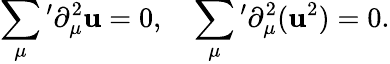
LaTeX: \sum_{\mu}{}^{\prime}\partial_{\mu}^{2}\mathbf{u}=0,\quad\sum_{\mu}{}^{\prime}\partial_{\mu}^{2}(\mathbf{u}^{2})=0.